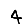
Digit: 4